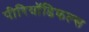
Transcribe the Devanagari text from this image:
पीरियॉडिकल्स